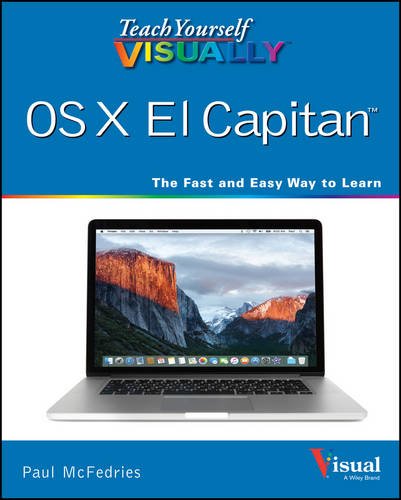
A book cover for Teach Yourself VISUALLY OS X El Capitan (Teach Yourself VISUALLY (Tech)); Paul McFedries; Computers & Technology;